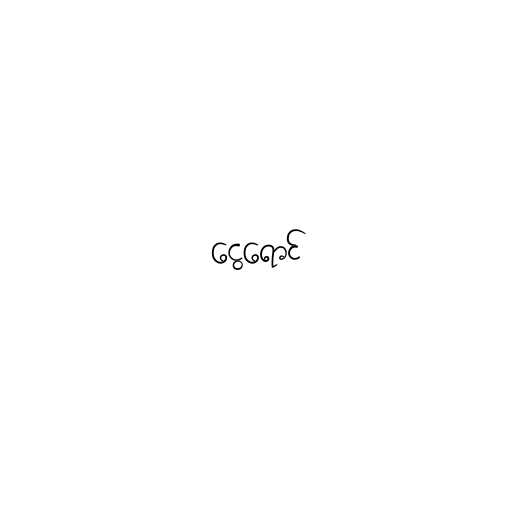
ငွေရောင်